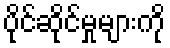
ပိုင်ဆိုင်မှုများကို